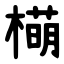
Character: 橗